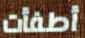
أطفأت